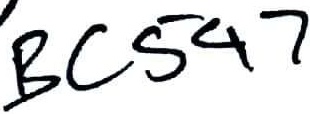
Text: BC547